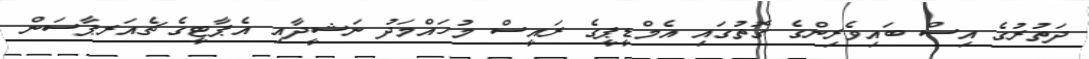
ދަތުރުގެ އިސް ބައިވެރިންގެ ގޮތުގައި އެމްޑީޕީގެ ރައީސް މުހައްމަދު ނަޝީދާއި އެޕާޓީގެ ޗެއަރޕާސަން